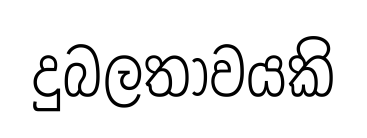
දුබලතාවයකි